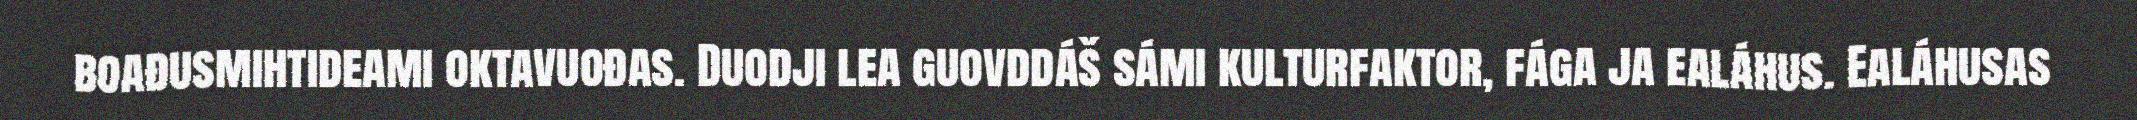
boađusmihtideami oktavuođas. Duodji lea guovddáš sámi kulturfaktor, fága ja ealáhus. Ealáhusas